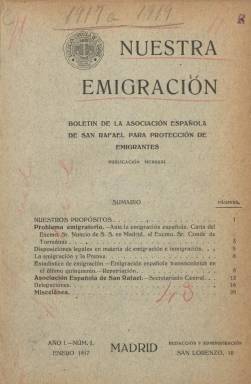
Título: Nuestra emigración
Colección: Economía
Ámbito geográfico: Madrid
Lugar de publicación: Madrid
Fechas: 01/01/1917-31/12/1928

Boletín de la Asociación Española de San Rafael para Protección de Emigrantes, es una publicación mensual, de 16 páginas por entrega, compuesta a una columna y sin ilustraciones, que comienza a editar esta institución de carácter benéfico-social y católico en enero de 1917, cuyos objetivos -según sus estatutos- era “evitar, en lo posible, la emigración injustificada”; “prevenir, remediar o atenuar los malos efectos religiosos, morales, sociales y económicos de la emigración forzosa” y “proteger al emigrante, cualquiera que sea su edad y sexo, en las distintas fases de la emigración”. La junta directiva de la asociación estaba integrada por el conde de Torreánaz (como presidente), el marqués de Rafal (vicepresidente), el conde de Revillagigedo (tesorero), Javier Vales Failde (asesor-consiliario), el marqués de Montalvo, Severino Aznar o el padre jesuita Cayetano Puig, entre otros.

El boletín se repartía gratis entre sus asociados y donantes, contaba con el apoyo de prelados españoles y extranjeros, especialmente de América, y se configura como el órgano de expresión y reflejo de los trabajos de una asociación que había sido fundada en 1913 –año en el que se produce el pico más alto en esa década de la emigración a América y el comienzo de un aumento emigratorio a Estados Unidos- con el nombre de Asociación Ibero-Americana de San Rafael, y cuyo fin era, después de intentar disuadir a quienes intentaban emigrar, por considerar que la mayor parte de ellos solo encontraba “el hambre, el desamparo en un país desconocido, o una brutal esclavitud”, y acabar renegando “de su Fe y de su Patria”, proteger a quienes lo llevaban a cabo “moral y materialmente”, fortaleciendo sus vínculos patrióticos y católicos.

Inserta artículos, crónicas y noticias referidas a cuestiones económicas y sociales sobre el fenómeno migratorio, pero también sobre las organizaciones de obreros católicos, los agentes de reclutamiento de emigrantes y la salida de estos desde las distintas provincias españolas; disposiciones legales de emigración e inmigración, leyes de extranjería y sobre la situación económica, laboral y social de los países de acogida; estadísticas, e información sobre las actividades de la asociación, entre las que se encontraba la repatriación de familias, de sus delegaciones tanto en España como en otros países, y de otras asociaciones “rafaelinas” extranjeras, establecidas en Italia, Alemania, Austria-Hungría o Estados Unidos, y que habían sido impulsadas por el papa Pío X.

Algunos de sus artículos rezan así: La protección de la mujer y el niño en la Sociedad de Naciones, La prosperidad norteamericana, La organización del trabajo en Suramérica, La oficina del patronato italiano de San Pablo y la emigración italiana o Los agentes de emigración. En las páginas del boletín se insertan también anuncios de las publicaciones editadas por el Apostolado de la Prensa, así como de los servicios regulares de los vapores de la Compañía Trasatlántica a Nueva York, Cuba, Méjico, Argentina, Puerto Rico, Venezuela, Colombia, Fernando Póo o Filipinas.

Con este título el boletín publica su número 140 y último en diciembre de 1928, para a partir de 1929 editarse con la cabecera El hogar patrio, en cuyas páginas, además de las materias que venía insertando, ofrecerá una sección “informativa y patriótica” y otra de “Religión y cultura”, y que también forma parte de la colección de la Biblioteca Nacional de España